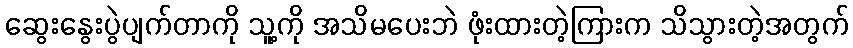
ဆွေးနွေးပွဲပျက်တာကို သူ့ကို အသိမပေးဘဲ ဖုံးထားတဲ့ကြားက သိသွားတဲ့အတွက်